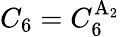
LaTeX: C_{6}=C_{6}^{\mathrm{A_{2}}}